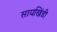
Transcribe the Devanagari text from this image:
सायखिंडी